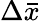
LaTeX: \Delta\bar{x}